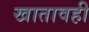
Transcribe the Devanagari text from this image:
खातावही